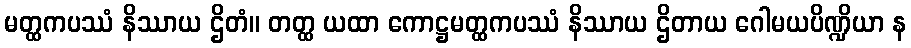
မတ္ထကပဿံ နိဿာယ ဌိတံ။ တတ္ထ ယထာ ကောဋ္ဌမတ္ထကပဿံ နိဿာယ ဌိတာယ ဂေါမယပိဏ္ဍိယာ န